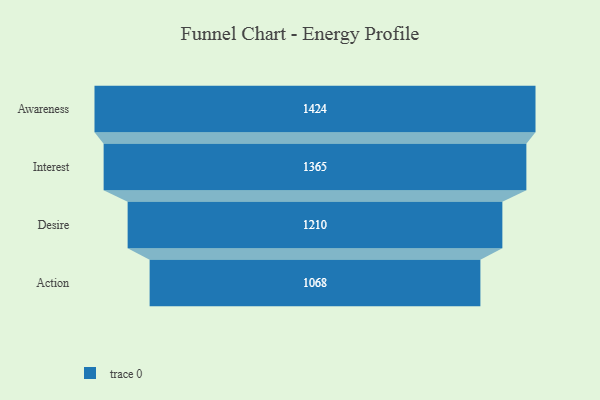
{"axis": {"x": "Stage", "y": "Value"}, "legend": [""], "data": [{"x": "Awareness", "y": 1424.0, "type": ""}, {"x": "Interest", "y": 1365.0, "type": ""}, {"x": "Desire", "y": 1210.0, "type": ""}, {"x": "Action", "y": 1068.0, "type": ""}]}